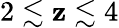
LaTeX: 2\lesssim\mathbf{z}\lesssim4